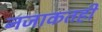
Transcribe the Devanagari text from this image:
नजाकतही